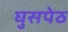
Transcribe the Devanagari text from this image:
घुसपेठ